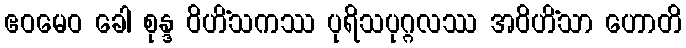
ဧဝမေဝ ခေါ စုန္ဒ ဝိဟိံသကဿ ပုရိသပုဂ္ဂလဿ အဝိဟိံသာ ဟောတိ